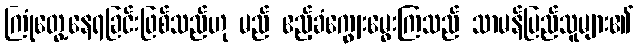
ကြုံတွေ့နေရခြင်းဖြစ်သည်ဟု မည် ဧည့်ခံကျွေးမွေးကြသည် သာမန်ပြည်သူများ၏